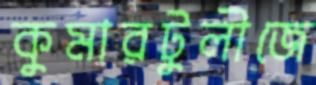
কুমারটুলীজে